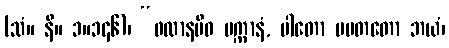
(သံ။ နိ။ ၁။၁၄၆)၊ “ဖလာနမိဝ ပက္ကာနံ, ပါတော ပပတတော ဘယံ၊